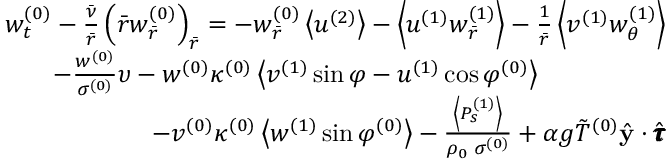
\begin{array} { r } { w _ { t } ^ { ( 0 ) } - \frac { \bar { \nu } } { \bar { r } } \left( \bar { r } w _ { \bar { r } } ^ { ( 0 ) } \right) _ { \bar { r } } = - w _ { \bar { r } } ^ { ( 0 ) } \left< u ^ { ( 2 ) } \right> - \left< u ^ { ( 1 ) } w _ { \bar { r } } ^ { ( 1 ) } \right> - \frac { 1 } { \bar { r } } \left< v ^ { ( 1 ) } w _ { \theta } ^ { ( 1 ) } \right> } \\ { - \frac { w ^ { ( 0 ) } } { \sigma ^ { ( 0 ) } } \upsilon - w ^ { ( 0 ) } \kappa ^ { ( 0 ) } \left< v ^ { ( 1 ) } \sin \varphi - u ^ { ( 1 ) } \cos \varphi ^ { ( 0 ) } \right> \quad \quad \quad \quad \quad } \\ { - v ^ { ( 0 ) } \kappa ^ { ( 0 ) } \left< w ^ { ( 1 ) } \sin \varphi ^ { ( 0 ) } \right> - \frac { \left< P _ { s } ^ { ( 1 ) } \right> } { \rho _ { 0 } \; \sigma ^ { ( 0 ) } } + \alpha g \Tilde { T } ^ { ( 0 ) } \hat { \mathbf { y } } \cdot \hat { \pmb { \tau } } } \end{array}